Plague in India, 1896, 1897 - Volume 2
Year: 1896
Disease focus: Plague
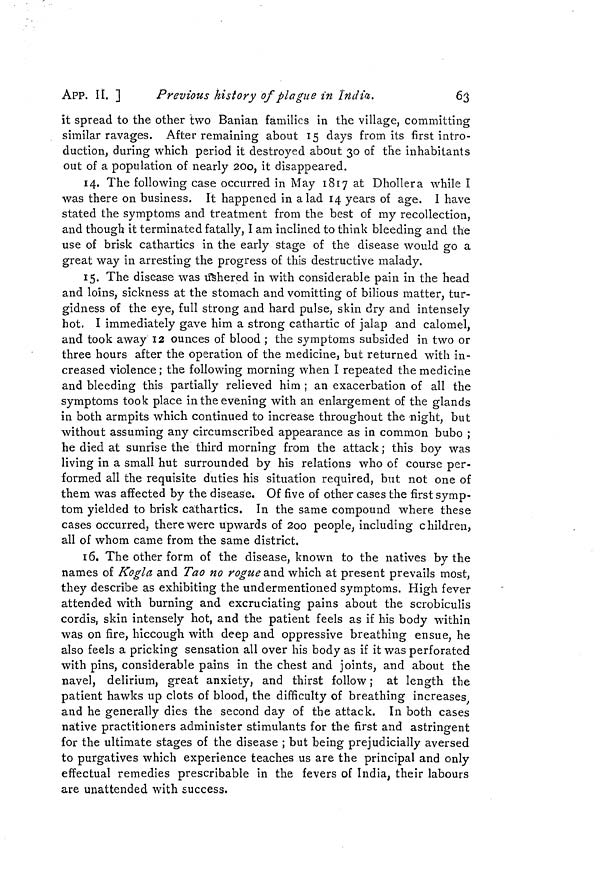
APP. II. ]
Previous history of plague in India.
63
it spread to the other two Banian families in the village, committing
similar ravages. After remaining about 15 days from its first intro-
duction, during which period it destroyed about 30 of the inhabitants
out of a population of nearly 200, it disappeared.
14. The following case occurred in May 1817 at Dhollera while I
was there on business. It happened in alad 14 years of age. I have
stated the symptoms and treatment from the best of my recollection,
and though it terminated fatally, I am inclined to think bleeding and the
use of brisk cathartics in the early stage of the disease would go a
great way in arresting the progress of this destructive malady.
15. The disease was ushered in with considerable pain in the head
and loins, sickness at the stomach and vomitting of bilious matter, tur-
gidness of the eye, full strong and hard pulse, skin dry and intensely
hot. I immediately gave him a strong cathartic of jalap and calomel,
and took away 12 ounces of blood ; the symptoms subsided in two or
three hours after the operation of the medicine, but returned with in-
creased violence; the following morning when I repeated the medicine
and bleeding this partially relieved him ; an exacerbation of all the
symptoms took place in the evening with an enlargement of the glands
in both armpits which continued to increase throughout the night, but
without assuming any circumscribed appearance as in common bubo ;
he died at sunrise the third morning from the attack ; this boy was
living in a small hut surrounded by his relations who of course per-
formed all the requisite duties his situation required, but not one of
them was affected by the disease. Of five of other cases the first symp-
tom yielded to brisk cathartics. In the same compound where these
cases occurred, there were upwards of 200 people, including children,
all of whom came from the same district.
16. The other form of the disease, known to the natives by the
names of Kogla and Tao no rogue and which at present prevails most,
they describe as exhibiting the undermentioned symptoms. High fever
attended with burning and excruciating pains about the scrobiculis
cordis, skin intensely hot, and the patient feels as if his body within
was on fire, hiccough with deep and oppressive breathing ensue, he
also feels a pricking sensation all over his body as if it was perforated
with pins, considerable pains in the chest and joints, and about the
navel, delirium, great anxiety, and thirst follow ; at length the
patient hawks up clots of blood, the difficulty of breathing increases,
and he generally dies the second day of the attack. In both cases
native practitioners administer stimulants for the first and astringent
for the ultimate stages of the disease ; but being prejudicially aversed
to purgatives which experience teaches us are the principal and only
effectual remedies prescribable in the fevers of India, their labours
are unattended with success.